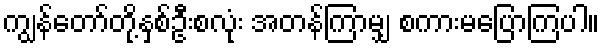
ကျွန်တော်တို့နှစ်ဦးစလုံး အတန်ကြာမျှ စကားမပြောကြပါ။